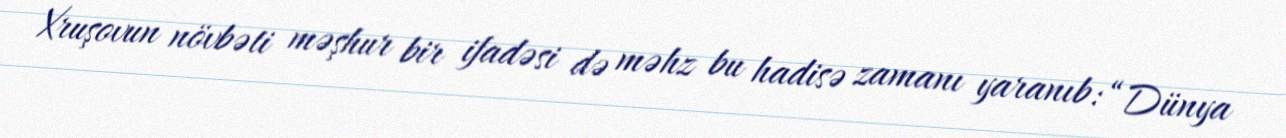
Xruşovun növbəti məşhur bir ifadəsi də məhz bu hadisə zamanı yaranıb: “Dünya